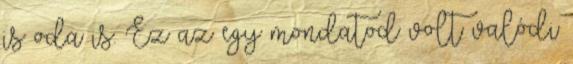
is oda is. Ez az egy mondatod volt valódi